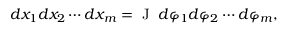
d x _ { 1 } d x _ { 2 } \cdots d x _ { m } = \mathrm { ~ J ~ } \, d \varphi _ { 1 } d \varphi _ { 2 } \cdots d \varphi _ { m } ,